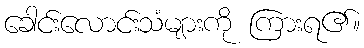
ခေါင်းလောင်းသံများကို ကြားရ၏။